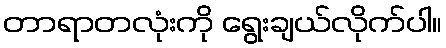
တာရာတလုံးကို ရွေးချယ်လိုက်ပါ။